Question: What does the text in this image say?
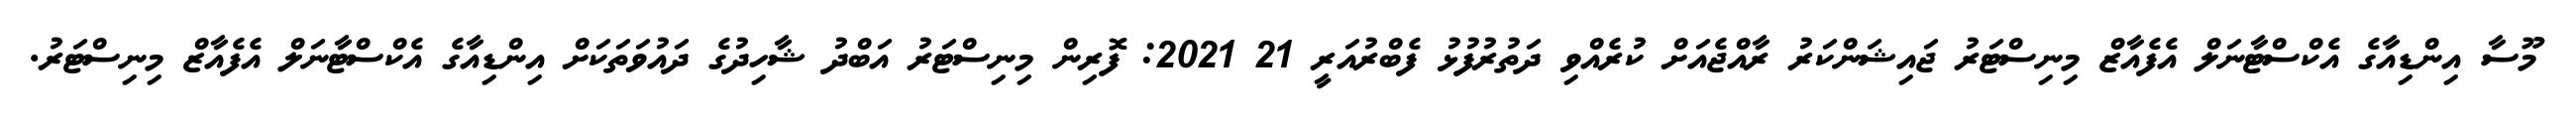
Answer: މޫސާ އިންޑިއާގެ އެކްސްޓާނަލް އެފެއާޒް މިނިސްޓަރު ޖައިޝަންކަރު ރާއްޖެއަށް ކުރެއްވި ދަތުރުފުޅު ފެބްރުއަރީ 21 2021: ފޮރިން މިނިސްޓަރު އަބްދު ޝާހިދުގެ ދައުވަތަކަށް އިންޑިއާގެ އެކްސްޓާނަލް އެފެއާޒް މިނިސްޓަރު.